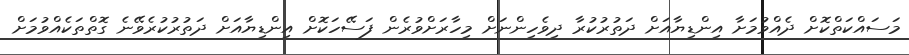
މަސައްކަތްކޮށް ދެއްވުމަށާ އިންޑިޔާއަށް ދަތުރުކުރާ ދިވެހިންނަށް މިހާރަށްވުރެން ފަސޭހަކޮށް އިންޑިޔާއަށް ދަތުރުކުރެވޭނެ ގޮތްތަކެއްވުމަށް